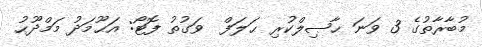
މުބާރާތުގެ 3 ވަނަ ޙާޞިލްކުރި ޙަލަފް  ވަގުތު ފޮޓޯ: އަޙޫމަދު މަމްދޫޙު